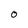
Character: 0